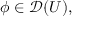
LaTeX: \phi \in { \mathcal { D } } ( U ) ,